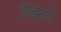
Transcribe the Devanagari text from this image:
खिस्ते